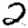
Digit: 2